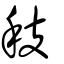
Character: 秓